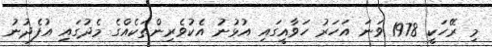
މި ރޭހަކީ 1978 ވަނަ އަހަރު ހަވާއީގައި އުޅުނު އެކުވެރިންތަކެއްގެ މެދުގައި އުފެދުނު